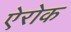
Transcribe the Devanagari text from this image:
ऐरोक